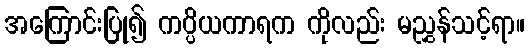
အကြောင်းပြု၍ ကပ္ပိယကာရက ကိုလည်း မညွှန်သင့်ရာ။